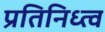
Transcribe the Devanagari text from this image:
प्रतिनिध्त्व